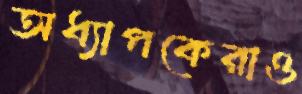
অধ্যাপকেরাও